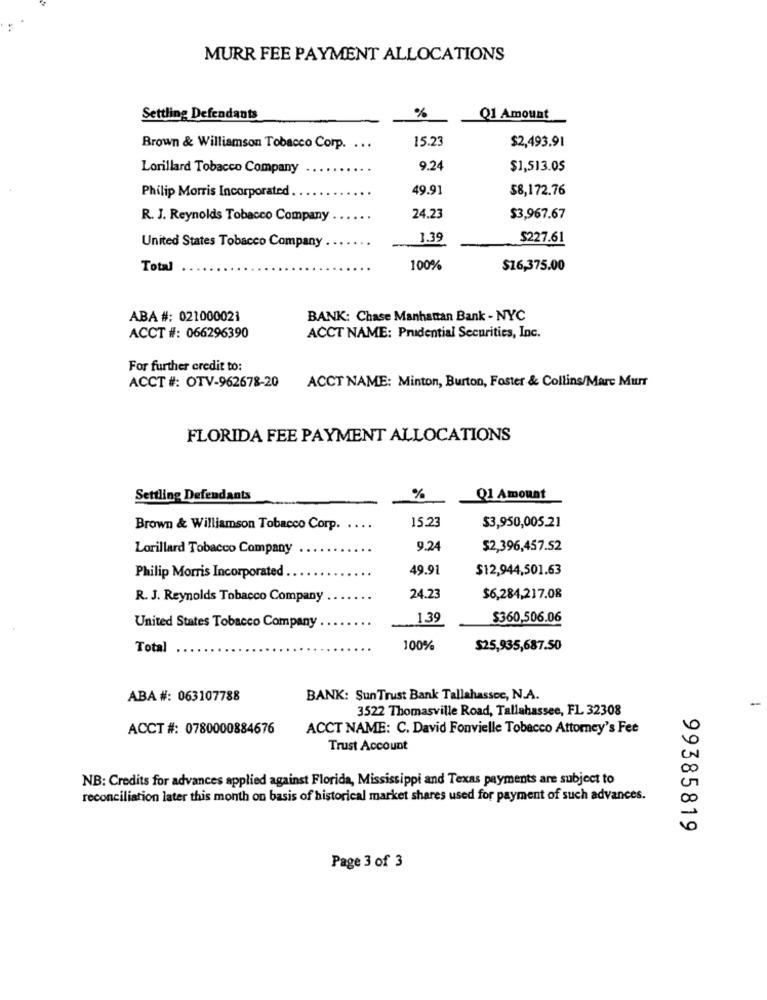
MURR FEE PAYMENT ALLOCATIONS
%
Settling Defendants
Q1 Amount
15.23
$2,493.91
Brown & Williamson Tobacco Corp.
...
Lorillard Tobacco Company
9.24
$1,513.05
Philip Morris Incorporated
49.91
$8,172.76
R. J. Reynolds Tobacco Company
24.23
$3,967.67
1.39
$227.61
United States Tobacco Company
Total
100%
$16,375.00
ABA #: 021000021
BANK: Chase Manhattan Bank - NYC
ACCT #: 066296390
ACCT NAME: Prudential Securities, Inc.
For further credit to:
ACCT #: OTV-962678-20
ACCT NAME: Minton, Burton, Foster & Collins/Marc Murr
FLORIDA FEE PAYMENT ALLOCATIONS
Settling Defendants
%
Q1 Amount
15.23
Brown & Williamson Tobacco Corp.
$3,950,005.21
Lorillard Tobacco Company
9.24
$2,396,457.52
49.91
$12,944,501.63
Philip Morris Incorporated .
R. J. Reynolds Tobacco Company
24.23
$6,284,217.08
1.39
$360,506.06
United States Tobacco Company
Total
100%
$25,935,687.50
ABA #: 063107788
BANK: Sun Trust Bank Tallahassoc, N.A.
3522 Thomasville Road, Tallahassee, FL 32308
ACCT #: 0780000884676
ACCT NAME: C. David Fonvielle Tobacco Attorney's Fee
Trust Account
NB: Credits for advances applied against Florida, Mississippi and Texas payments are subject to
reconciliation later this month on basis of historical market shares used for payment of such advances.
99385819
Page 3 of 3